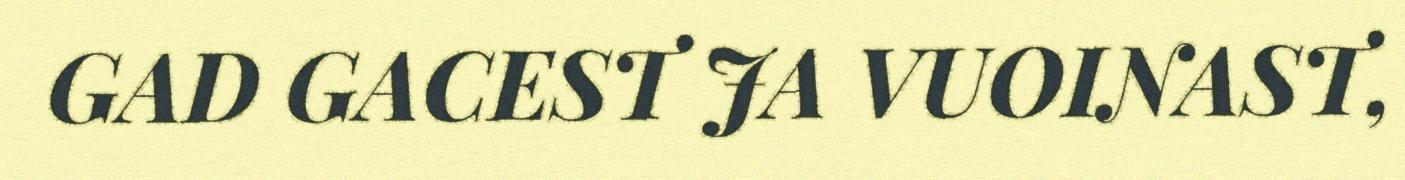
GAD GACEST JA VUOINAST,